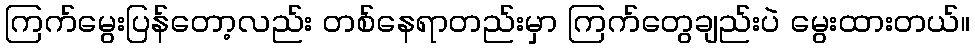
ကြက်မွေးပြန်တော့လည်း တစ်နေရာတည်းမှာ ကြက်တွေချည်းပဲ မွေးထားတယ်။